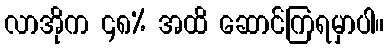
လာအိုက ၄၈% အထိ ဆောင်ကြရမှာပါ။